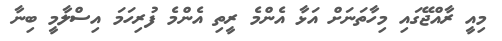
މިއީ ރާއްޖޭގައި މިހާތަނަށް އަޅާ އެންމެ ރީތި އެންމެ ފުރިހަމަ އިސްލާމީ ބިނާ